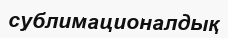
сублимационалдық